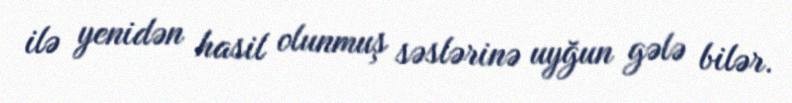
ilə yenidən hasil olunmuş səslərinə uyğun gələ bilər.